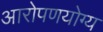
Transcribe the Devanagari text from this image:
आरोपणयोग्य